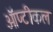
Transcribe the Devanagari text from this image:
ऑप्टीकल